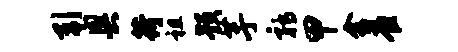
引奥荷祖预芋鹑甲舍雀